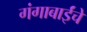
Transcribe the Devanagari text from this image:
गंगाबाईंचे